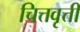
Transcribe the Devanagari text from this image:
चित्तवृत्ती